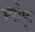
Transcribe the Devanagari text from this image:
म्पोफू